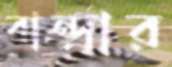
বান্দ্রার